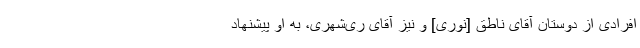
افرادی از دوستان آقای ناطق [نوری] و نیز آقای ری‌شهری، به او پیشنهاد